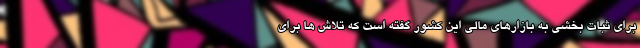
برای ثبات بخشی به بازارهای مالی این کشور گفته است که تلاش ها برای